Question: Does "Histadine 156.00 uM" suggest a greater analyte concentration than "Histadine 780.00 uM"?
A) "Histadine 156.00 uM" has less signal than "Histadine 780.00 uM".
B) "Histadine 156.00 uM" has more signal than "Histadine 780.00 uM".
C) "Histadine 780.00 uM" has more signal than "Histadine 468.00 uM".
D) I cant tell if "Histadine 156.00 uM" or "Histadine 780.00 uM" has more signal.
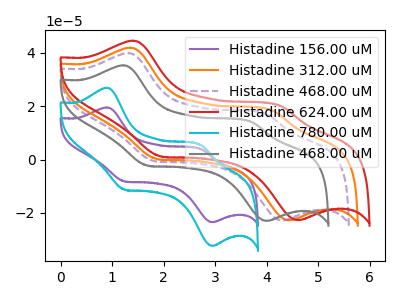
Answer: <think>The purple curve "Histadine 156.00 uM" has anodic peaks at (0.90V, 19.45uA) (2.75V, 3.80uA) and cathodic peaks at (1.25V, -8.15uA) (2.95V, -23.45uA). The orange curve "Histadine 312.00 uM" has anodic peaks at (1.35V, 41.80uA) (4.10V, 18.25uA) and cathodic peaks at (1.90V, 0.20uA) (4.45V, -22.75uA). The purple dashed curve "Histadine 468.00 uM" has anodic peaks at (1.30V, 39.80uA) (4.00V, 16.95uA) and cathodic peaks at (1.80V, -0.55uA) (4.30V, -22.85uA). The red curve "Histadine 624.00 uM" has anodic peaks at (1.40V, 44.45uA) (4.30V, 19.95uA) and cathodic peaks at (1.95V, 1.20uA) (4.60V, -22.70uA). The cyan curve "Histadine 780.00 uM" has anodic peaks at (0.90V, 26.85uA) (2.75V, 5.25uA) and cathodic peaks at (1.25V, -11.25uA) (2.95V, -32.30uA). The gray curve "Histadine 468.00 uM" has anodic peaks at (1.20V, 35.25uA) (3.70V, 14.00uA) and cathodic peaks at (1.70V, -2.25uA) (4.00V, -22.95uA).
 All the peaks in "Histadine 156.00 uM" have a peak in "Histadine 780.00 uM" at the same potential. Every peak in "Histadine 156.00 uM" is lower than every peak in "Histadine 780.00 uM".</think>
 <answer>A) "Histadine 156.00 uM" has less signal than "Histadine 780.00 uM".</answer>
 <eval>A</eval>